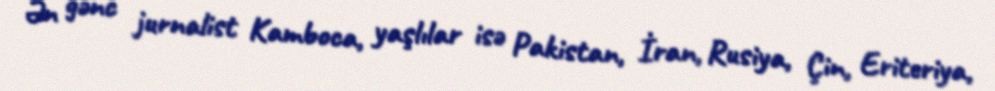
Ən gənc jurnalist Kamboca, yaşlılar isə Pakistan, İran, Rusiya, Çin, Eriteriya,